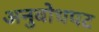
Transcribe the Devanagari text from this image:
अनुबोधपट